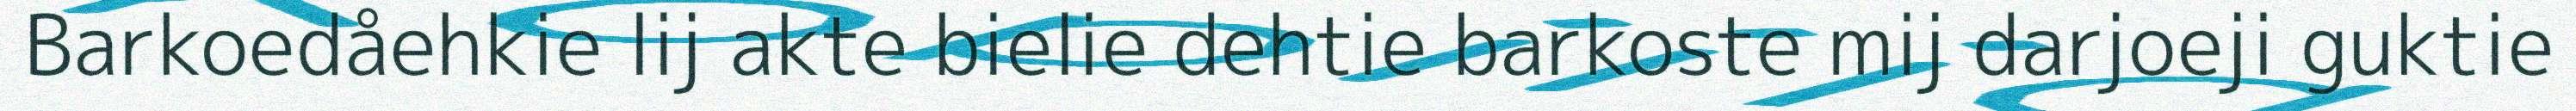
Barkoedåehkie lij akte bielie dehtie barkoste mij darjoeji guktie